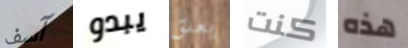
آسف يبدو يعلق كنت هذه